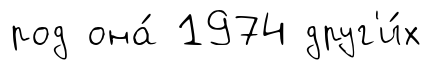
род она́ 1974 друг'и́х